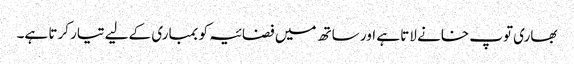
بھاری توپ خانے لاتا ہے اور ساتھ میں فضائیہ کو بمباری کےلیے تیار کرتا ہے۔